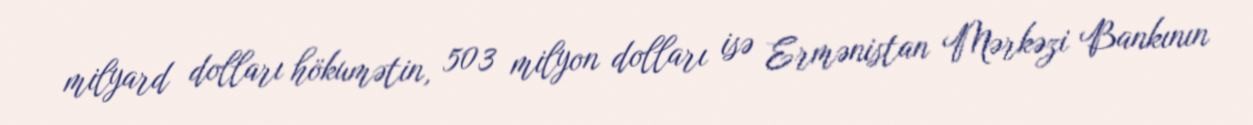
milyard dolları hökumətin, 503 milyon dolları isə Ermənistan Mərkəzi Bankının